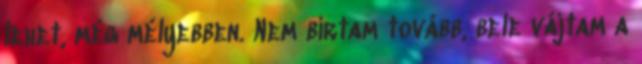
lehet, még mélyebben. Nem bírtam tovább, bele vájtam a